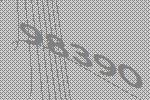
98390